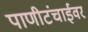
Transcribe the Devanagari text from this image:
पाणीटंचाईवर